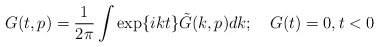
\begin{align*}G(t,p)= \frac{1}{2 \pi} \int \exp \{ikt \}\tilde{G}(k,p)dk;\quad G(t)=0, t<0 \end{align*}